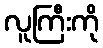
လူကြီးကို